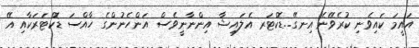
އައީމަ ކައިވެނި ކުރެވޭނެ އިނގޭ..ޑޮކްޓަރ އެލައިޝާ އިންނާނީވެސް އަންހެނުންގެ ހާއްސަ ޑޮކްޓަރަކާއި އޭ